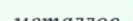
металлов